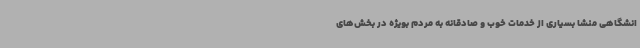
انشگاهی منشا بسیاری از خدمات خوب و صادقانه به مردم بویژه در بخش‌های